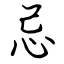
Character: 忌